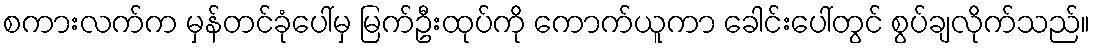
စကားလက်က မှန်တင်ခုံပေါ်မှ မြက်ဦးထုပ်ကို ကောက်ယူကာ ခေါင်းပေါ်တွင် စွပ်ချလိုက်သည်။